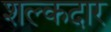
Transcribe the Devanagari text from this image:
शल्कदार